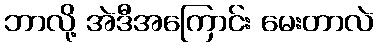
ဘာလို့ အဲဒီအကြောင်း မေးတာလဲ